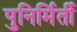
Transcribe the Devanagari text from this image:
पुनिर्मिर्ती